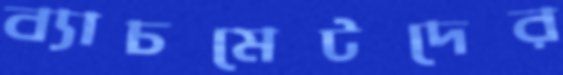
ব্যাচমেটদের